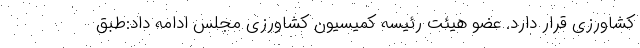
کشاورزی قرار دارد. عضو هیئت رئیسه کمیسیون کشاورزی مجلس ادامه داد:طبق